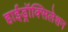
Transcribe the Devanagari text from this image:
हाईड्रॉक्सिलेशन